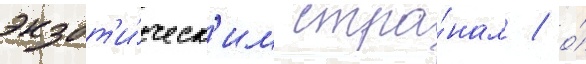
экзот'и́ческ'им стра́нам / о́